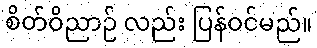
စိတ်ဝိညာဉ် လည်း ပြန်ဝင်မည်။